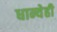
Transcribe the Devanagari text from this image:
धान्येही